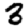
Digit: 3